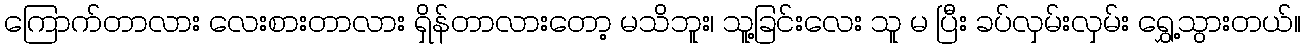
ကြောက်တာလား လေးစားတာလား ရှိန်တာလားတော့ မသိဘူး၊ သူ့ခြင်းလေး သူ မ ပြီး ခပ်လှမ်းလှမ်း ရွှေ့သွားတယ်။